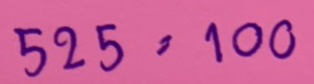
525 = 100